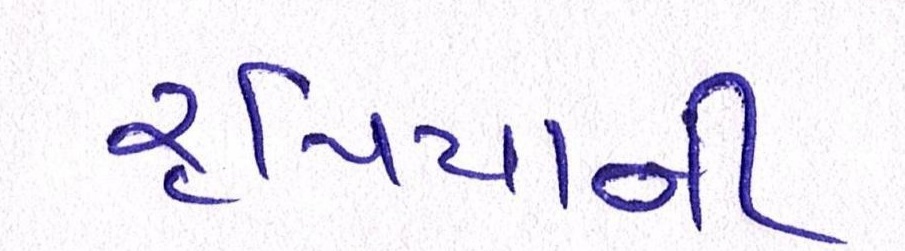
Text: રૃપિયાની